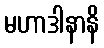
မဟာဒါနာနိ